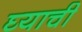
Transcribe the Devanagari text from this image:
घ्याची